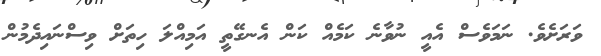
ވަރަށެވެ. ނަމަވެސް އެއީ ނުވާނެ ކަމެއް ކަން އެނގޭތީ އަމިއްލަ ހިތަށް ވިސްނައިދެމުން